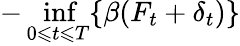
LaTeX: -\operatorname*{inf}_{0\leqslant t\leqslant T}\{ \beta(F_{t}+\delta_{t})\}